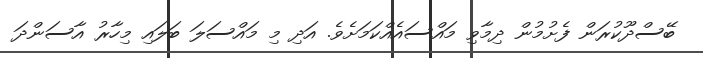
ބޭސްދޫކުރަން ފެށުމުން ދިމާވި މައްސައެއްކަމަށެވެ. އަދި މި މައްސަލަ ބަލައި މިހާރު އާސަންދަ